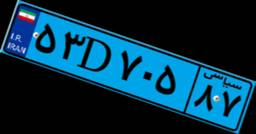
۵۳D۷۰۵۸۷